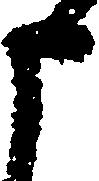
申